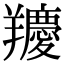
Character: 羻